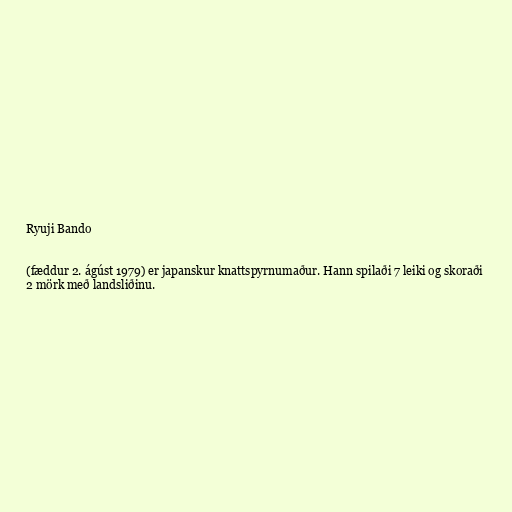
Ryuji Bando

(fæddur 2. ágúst 1979) er japanskur knattspyrnumaður. Hann spilaði 7 leiki og skoraði
2 mörk með landsliðinu.